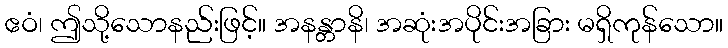
ဧဝံ၊ ဤသို့သောနည်းဖြင့်။ အနန္တာနိ၊ အဆုံးအပိုင်းအခြား မရှိကုန်သော။